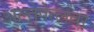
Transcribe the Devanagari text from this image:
अल्तेपेत्लवर